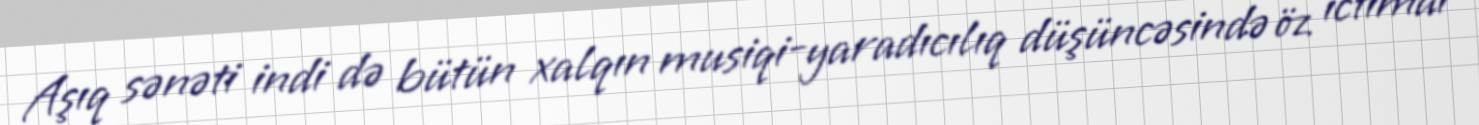
Aşıq sənəti indi də bütün xalqın musiqi-yaradıcılıq düşüncəsində öz ictimai